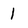
Character: 1